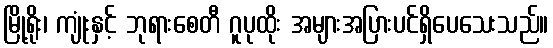
မြို့ရိုး၊ ကျုံးနှင့် ဘုရားစေတီ ဂူပုထိုး အများအပြားပင်ရှိပေသေးသည်။